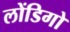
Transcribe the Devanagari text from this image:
लोंडिगो